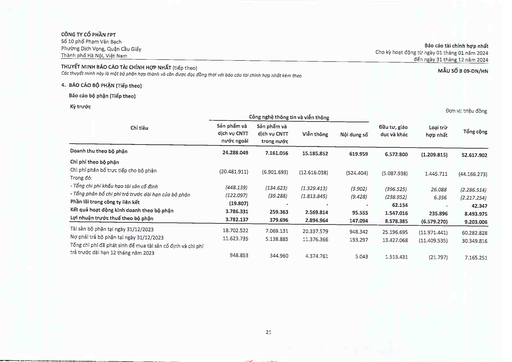
|||Công nghệ thông tin|và viễn thông||||VNĐ: Triệu đồng| |---|---|---|---|---|---|---|---| |Chỉ tiêu|Sản phẩm và dịch vụ CNTT nước ngoài|Sản phẩm và dịch vụ CNTT trong nước|Viễn thông|Nội dung số|Đầu tư, giáo dục và khác|Loại trừ hợp nhất|Tổng cộng| |Doanh thu theo bộ phận|24.288.049|7.161.056|15.185.852|619.959|6.572.800|(1.209.815)|52.617.902| |Chi phí theo bộ phận|||||||| |Chi phí phân bổ trực tiếp cho bộ phận|(20.481.911)|(6.901.693)|(12.616.038)|(524.404)|(5.087.938)|1.445.711|(44.166.273)| |Trong đó:|||||||| |- Tổng chi phí khấu hao tài sản cố định|(448.139)|(134.623)|(1.329.413)|(3.902)|(396.525)|26.088|(2.286.514)| |Tổng phân bổ chi phí trả trước dài hạn của bộ phận|(122.097)|(39.288)|(1.813.845)|(9.428)|(238.952)|6.356|(2.217.254)| |Phần lãi trong công ty liên kết|(19.807)|-|-|-|62.154|-|42.347| |Kết quả hoạt động kinh doanh theo bộ phận|3.786.331|259.363|2.569.814|95.555|1.547.016|235.896|8.493.975| |Lợi nhuận trước thuế theo bộ phận|3.782.137|379.696|2.894.964|147.094|8.578.385|(6.579.270)|9.203.006| |Tài sản bộ phận tại ngày 31/12/2023|18.702.522|7.069.131|20.337.579|948.342|25.196.695|(11.971.441)|60.282.828| |Nợ phải trả bộ phận tại ngày 31/12/2023|11.623.735|5.138.885|11.376.366|193.297|13.427.068|(11.409.535)|30.349.816| |Tổng chi phí đã phát sinh để mua tài sản cố định và chi phí trả trước dài hạn 12 tháng năm 2023|948.853|344.960|4.374.761|5.043|1.513.431|(21.797)|7.165.251|